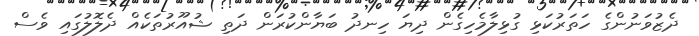
ދެޒުވަނުންގެ ހަތަރުކަޅި ގުޅިލާމެހިގެން ދިޔަ ހިނދު ބަޔާންކުރަން ދަތި ޝުއޫރުތަކެއް ދެލޮލުގައި ވެސް